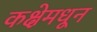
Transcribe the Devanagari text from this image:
कक्षेमधून